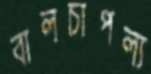
বালচাপল্য